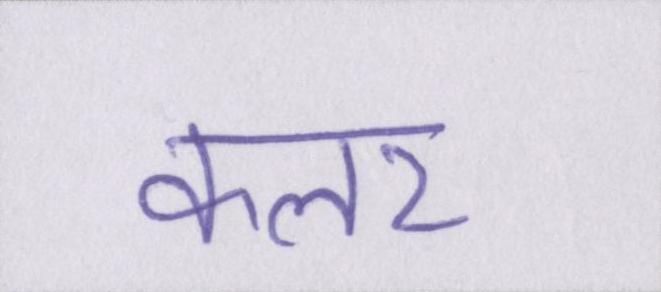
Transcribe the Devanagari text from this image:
कलर